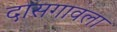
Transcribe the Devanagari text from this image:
दासगावला